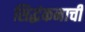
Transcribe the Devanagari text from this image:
सिद्धंकनाची